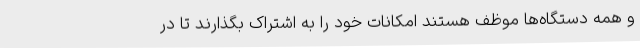
و همه دستگاه‌ها موظف هستند امکانات خود را به اشتراک بگذارند تا در